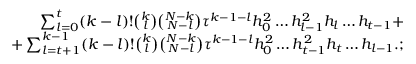
\begin{array} { r } { \sum _ { l = 0 } ^ { t } ( k - l ) ! \binom { k } { l } \binom { N - k } { N - l } \tau ^ { k - 1 - l } h _ { 0 } ^ { 2 } \dots h _ { l - 1 } ^ { 2 } h _ { l } \dots h _ { t - 1 } + } \\ { + \sum _ { l = t + 1 } ^ { k - 1 } ( k - l ) ! \binom { k } { l } \binom { N - k } { N - l } \tau ^ { k - 1 - l } h _ { 0 } ^ { 2 } \dots h _ { t - 1 } ^ { 2 } h _ { t } \dots h _ { l - 1 } . ; } \end{array}